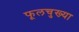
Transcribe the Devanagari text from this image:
फूलचुख्या